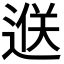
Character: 𨓵